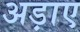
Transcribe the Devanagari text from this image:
अड़ाए